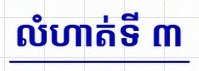
លំហាត់ទី ៣